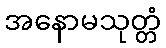
အနောမသုတ္တံ